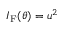
I _ { \mathrm { F } } ( \theta ) = u ^ { 2 }